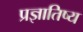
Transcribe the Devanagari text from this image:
प्रज्ञातिष्य